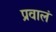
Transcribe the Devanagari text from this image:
प्रवालं